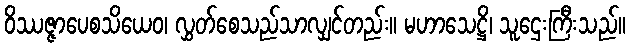
ဝိဿဇ္ဇာပေစသိယေဝ၊ လွှတ်စေသည်သာလျှင်တည်း။ မဟာသေဋ္ဌိ၊ သူဌေးကြီးသည်။